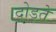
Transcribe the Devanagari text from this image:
दोड़ते